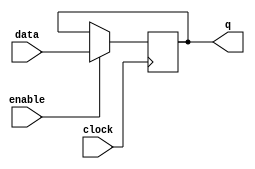
module  element_ff_d_1_ff
	( 
	clock,
	data,
	enable,
	q) /* synthesis synthesis_clearbox=1 */;
	input   clock;
	input   [0:0]  data;
	input   enable;
	output   [0:0]  q;
`ifndef ALTERA_RESERVED_QIS
// synopsys translate_off
`endif
	tri0   [0:0]  data;
	tri1   enable;
`ifndef ALTERA_RESERVED_QIS
// synopsys translate_on
`endif

	reg	[0:0]	ff_dffe;

	// synopsys translate_off
	initial
		ff_dffe = 0;
	// synopsys translate_on
	always @ ( posedge clock)
		if (enable == 1'b1)   ff_dffe <= data;
	assign
		q = ff_dffe;
endmodule
module element_ff_d_1 (
	clock,
	data,
	enable,
	q)/* synthesis synthesis_clearbox = 1 */;

	input	  clock;
	input	  data;
	input	  enable;
	output	  q;

	wire [0:0] sub_wire0;
	wire [0:0] sub_wire1 = sub_wire0[0:0];
	wire  q = sub_wire1;
	wire  sub_wire2 = data;
	wire  sub_wire3 = sub_wire2;

	element_ff_d_1_ff	element_ff_d_1_ff_component (
				.enable (enable),
				.clock (clock),
				.data (sub_wire3),
				.q (sub_wire0));

endmodule